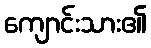
ကျောင်းသား၏